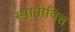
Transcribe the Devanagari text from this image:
स्थायीवित्त